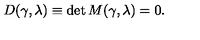
D ( \gamma , \lambda ) \equiv \det M ( \gamma , \lambda ) = 0 .